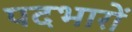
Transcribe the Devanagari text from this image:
पदभारों